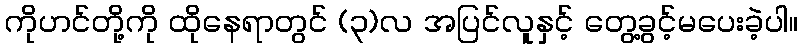
ကိုဟင်တို့ကို ထိုနေရာတွင် (၃)လ အပြင်လူနှင့် တွေ့ခွင့်မပေးခဲ့ပါ။